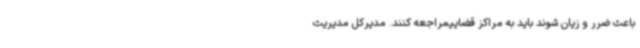
باعث ضرر و زیان شوند باید به مراکز قضاییمراجعه کنند. مدیرکل مدیریت